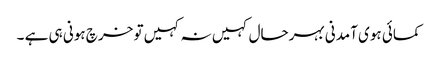
کمائی ہوی آمدنی بہرحال کہیں نہ کہیں تو خرچ ہونی ہی ہے ۔